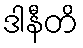
ဒါနီတိ